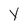
Character: y